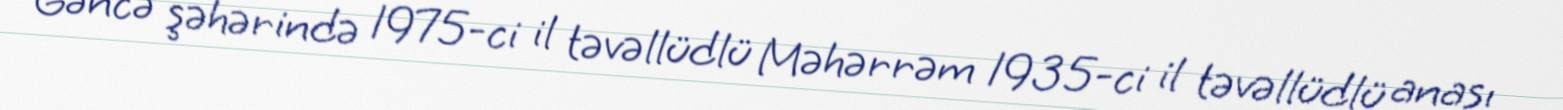
Gəncə şəhərində 1975-ci il təvəllüdlü Məhərrəm 1935-ci il təvəllüdlü anası